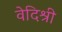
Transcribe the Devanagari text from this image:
वेदिश्री